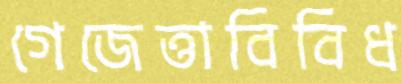
গেজেত্তাবিবিধ